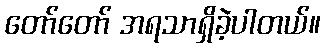
တော်တော် အရသာရှိခဲ့ပါတယ်။